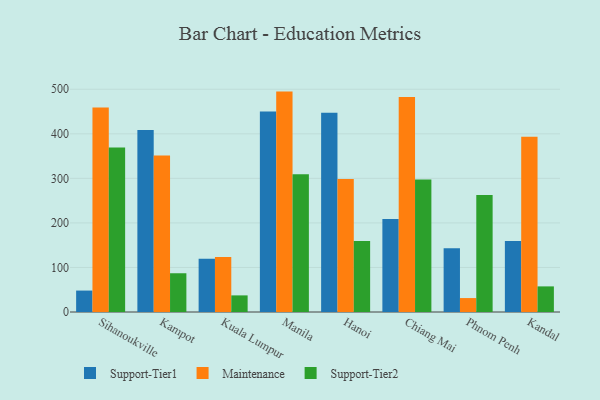
{"axis": {"x": "City", "y": "Waste Production (Tons)"}, "legend": ["Maintenance", "Support-Tier1", "Support-Tier2"], "data": [{"x": "Sihanoukville", "y": 48.1, "type": "Support-Tier1"}, {"x": "Sihanoukville", "y": 458.9, "type": "Maintenance"}, {"x": "Sihanoukville", "y": 369.1, "type": "Support-Tier2"}, {"x": "Kampot", "y": 408.8, "type": "Support-Tier1"}, {"x": "Kampot", "y": 351.1, "type": "Maintenance"}, {"x": "Kampot", "y": 87.0, "type": "Support-Tier2"}, {"x": "Kuala Lumpur", "y": 119.6, "type": "Support-Tier1"}, {"x": "Kuala Lumpur", "y": 123.6, "type": "Maintenance"}, {"x": "Kuala Lumpur", "y": 37.3, "type": "Support-Tier2"}, {"x": "Manila", "y": 449.9, "type": "Support-Tier1"}, {"x": "Manila", "y": 494.8, "type": "Maintenance"}, {"x": "Manila", "y": 309.5, "type": "Support-Tier2"}, {"x": "Hanoi", "y": 447.3, "type": "Support-Tier1"}, {"x": "Hanoi", "y": 298.8, "type": "Maintenance"}, {"x": "Hanoi", "y": 159.5, "type": "Support-Tier2"}, {"x": "Chiang Mai", "y": 208.9, "type": "Support-Tier1"}, {"x": "Chiang Mai", "y": 482.4, "type": "Maintenance"}, {"x": "Chiang Mai", "y": 297.5, "type": "Support-Tier2"}, {"x": "Phnom Penh", "y": 143.3, "type": "Support-Tier1"}, {"x": "Phnom Penh", "y": 31.3, "type": "Maintenance"}, {"x": "Phnom Penh", "y": 262.9, "type": "Support-Tier2"}, {"x": "Kandal", "y": 159.6, "type": "Support-Tier1"}, {"x": "Kandal", "y": 393.3, "type": "Maintenance"}, {"x": "Kandal", "y": 57.5, "type": "Support-Tier2"}]}